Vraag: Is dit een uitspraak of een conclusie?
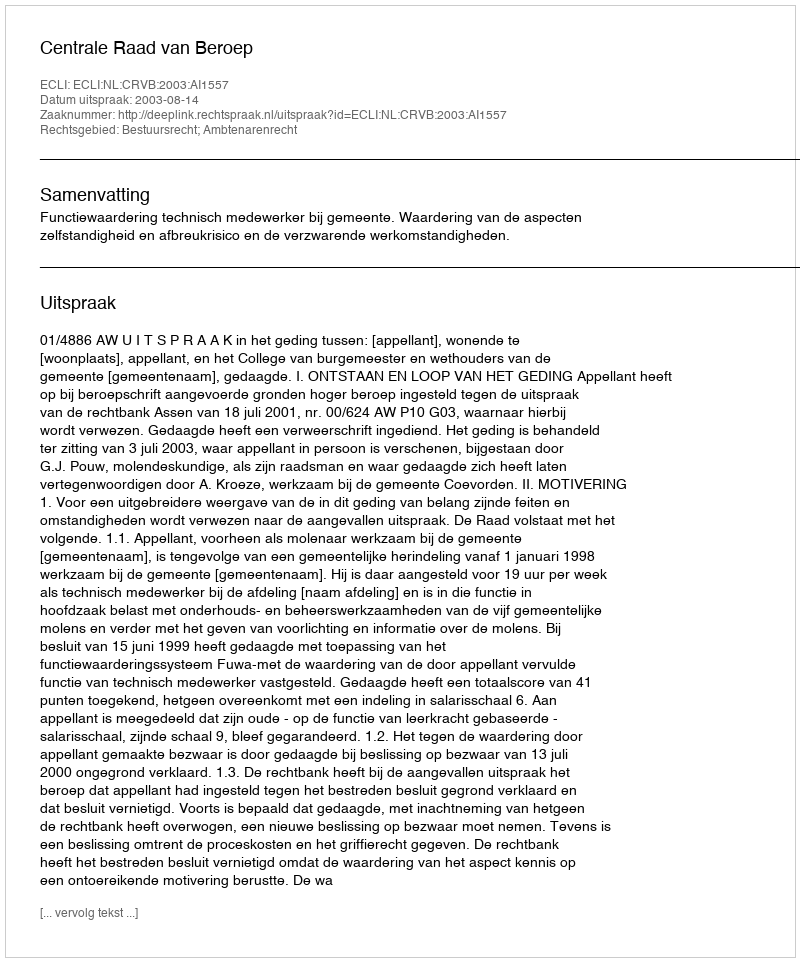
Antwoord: Uitspraak